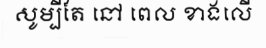
សូម្បីតែ នៅ ពេល ខាងលើ